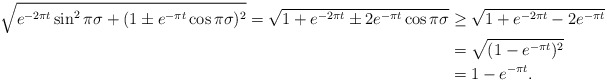
\begin{align*} \sqrt{e^{-2\pi t} \sin^2{\pi\sigma} + (1 \pm e^{-\pi t}\cos{\pi\sigma})^2} = \sqrt{1 + e^{-2\pi t} \pm 2 e^{-\pi t}\cos{\pi\sigma}} &\geq \sqrt{1 + e^{-2\pi t} - 2 e^{-\pi t}}\\ &= \sqrt{(1 - e^{-\pi t})^2} \\ &= 1 - e^{-\pi t}.\end{align*}